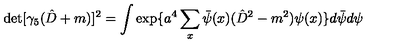
\det [ \gamma _ { 5 } ( \hat { D } + m ) ] ^ { 2 } = \int \exp \{ a ^ { 4 } \sum _ { x } \bar { \psi } ( x ) ( \hat { D } ^ { 2 } - m ^ { 2 } ) \psi ( x ) \} d \bar { \psi } d \psi